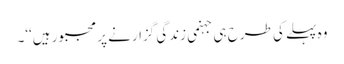
وہ پہلے کی طرح ہی جہنمی زندگی گزارنے پر مجبور ہیں‘‘۔